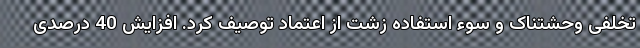
تخلفی وحشتناک و سوء استفاده زشت از اعتماد توصیف کرد. افزایش 40 درصدی